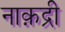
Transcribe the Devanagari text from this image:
नाक़द्री